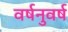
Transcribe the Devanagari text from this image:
वर्षनुवर्ष